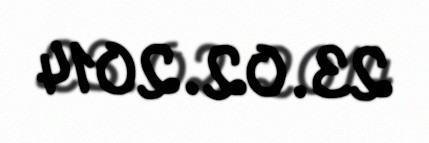
23.02.2014